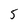
Character: 5